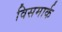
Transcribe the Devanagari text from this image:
विसमार्क